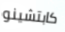
كابتشينو